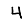
Digit: 4